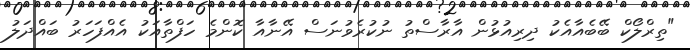
"ތިރްލޯކް ބޭބެއާއެކު ދިރިއުޅުން އާރާސްތު ނުކުރެވުނަސް އޭނާއާ ކޮންމެ ހަފްތާއަކު އެއްފަހަރު ބައްދަލު